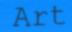
Art